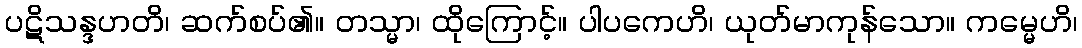
ပဋိသန္ဒဟတိ၊ ဆက်စပ်၏။ တသ္မာ၊ ထိုကြောင့်။ ပါပကေဟိ၊ ယုတ်မာကုန်သော။ ကမ္မေဟိ၊